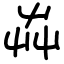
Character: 芔